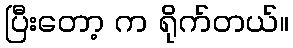
ပြီးတော့ က ရိုက်တယ်။